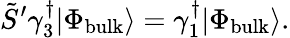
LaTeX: \tilde{S}^{\prime}\gamma_{3}^{\dagger}|\Phi_{\mathrm{{bulk}}}\rangle=\gamma_{1}^{\dagger}|\Phi_{\mathrm{{bulk}}}\rangle.